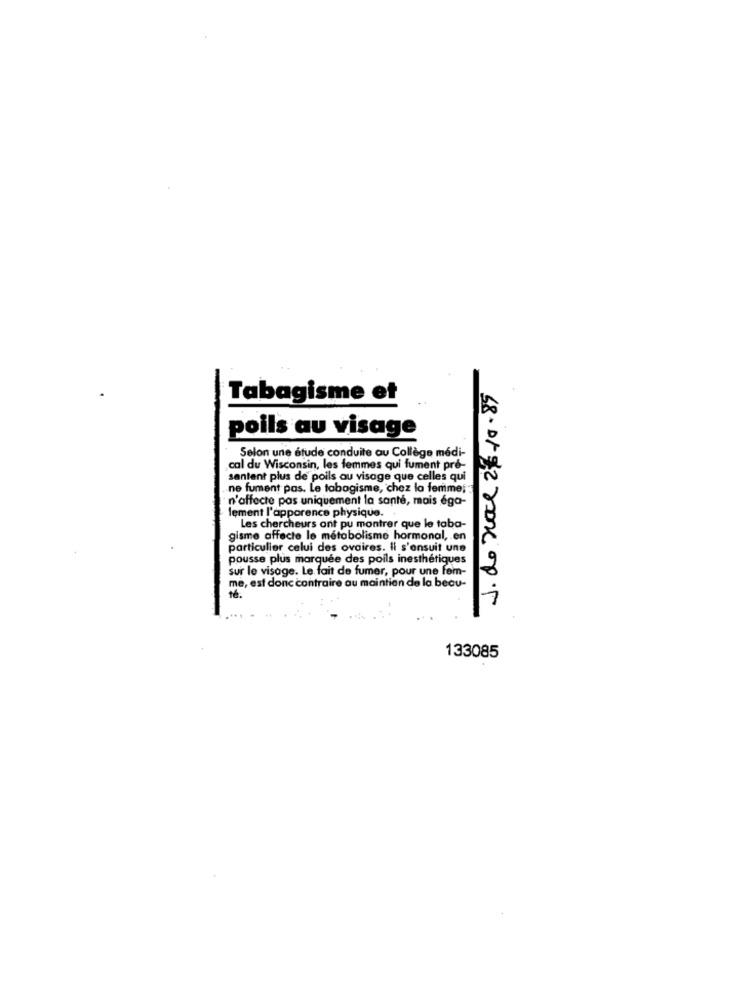
Tabagisme et
poils au visage
Selon une étude conduite au Collège médi-
cal du Wisconsin, les femmes qui fument pre-
sentent plus de poils au visage que celles qui
.ne fument pas. Le tabagisme, chez la femme;
n'affecte pas uniquement la santé, mais éga-
lement l'apparence physique.
Les chercheurs ont pu montrer que le taba-
gisme affecte le métabolisme hormonal, en
particulier celui des ovaires. Il s'ensuit une
pousse plus marquée des poils inesthétiques
sur le visage. Le fait de fumer, pour une fem-
me, est donc contraire au maintien de la beau-
133085